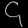
Digit: ၄